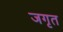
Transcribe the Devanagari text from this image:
जगृत